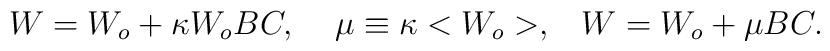
W = W_o + \kappa W_o BC,\;\;\;\;\mu \equiv\kappa <W _o> ,\;\;\;W= W_o + \mu BC.